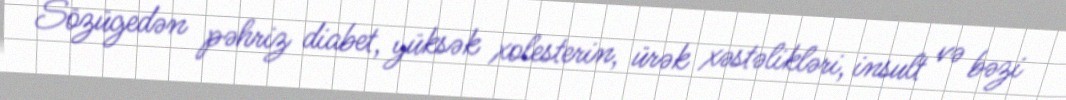
Sözügedən pəhriz diabet, yüksək xolesterin, ürək xəstəlikləri, insult və bəzi